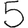
Digit: 5